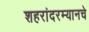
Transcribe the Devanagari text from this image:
शहरांदरम्यानचे